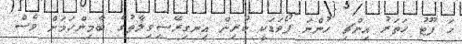
ހަ ފޫޓު ހަތަރު އިންޗި ހުންނަ ފޯވަޑަކީ ކުރިން އިނގިރޭސިވިލާތުގެ ބާމިންހަމަށް ވެސް